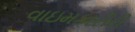
વાઇમકારીરી